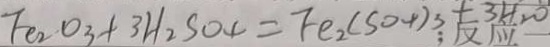
F e _ { 2 } O _ { 3 } + 3 H _ { 2 } S O _ { 4 } = F e _ { 2 } ( S O _ { 4 } ) _ { 3 } + 3 H _ { 2 } O